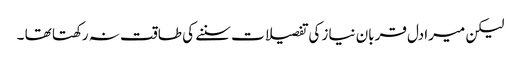
لیکن میرادل قربان نیاز کی تفصیلات سننے کی طاقت نہ رکھتا تھا ۔